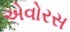
એવોરસ